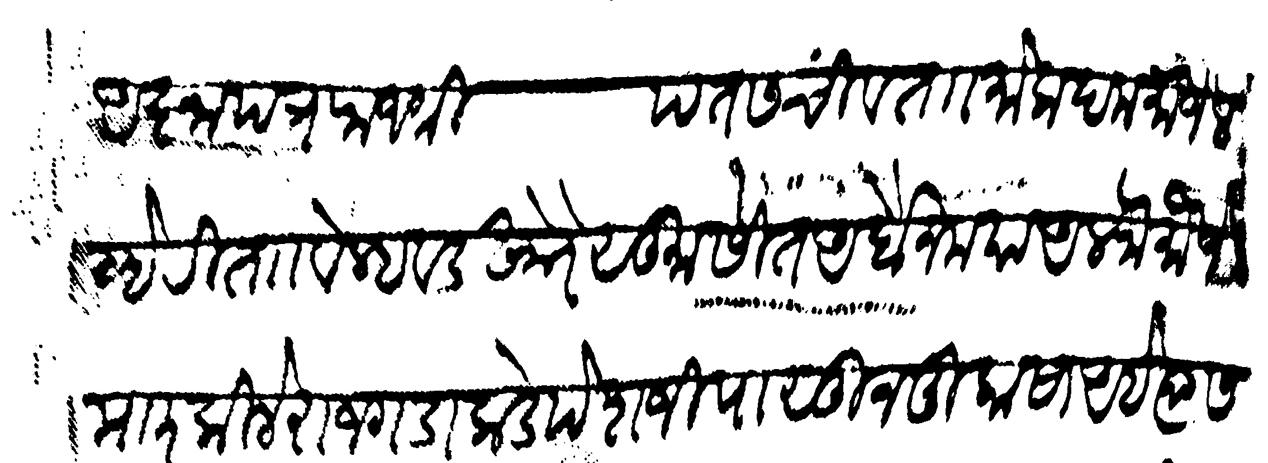
Transliteration (Devanagari): आज्ञापत्र राजश्री पंतसचिव ता। मोकदम मौजे लहेरी त बेल्हवड खोरे सु सीत अर्बेन मया अलफ मौजे म र किले राजगडाकडे पेशजी पासून मुकासा आहे त्यास